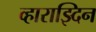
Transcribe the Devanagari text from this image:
व्हाराझ्दिन